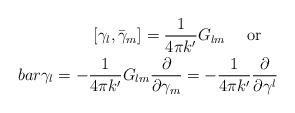
LaTeX: \begin{align*}[\gamma_l,\bar{\gamma}_m]=\frac{1}{4\pi k'}G_{lm}\ \ \ \ \mbox{or}\ \ \ \\bar{\gamma}_l= -\frac{1}{4\pi k'}G_{lm}\frac{\partial}{\partial\gamma_m}= -\frac{1}{4\pi k'}\frac{\partial}{\partial\gamma^l}\end{align*}